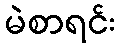
မဲစာရင်း